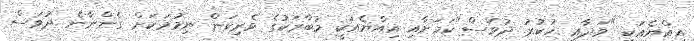
އިއްޔެއަކީ "ވަދާޢީ ހުކުރު ދުވަސް"ކަމަށާއި އިއްޔެއަކީ މުބާރަކުގެ ވެރިކަން ނިމުމަކަށް ގެންނާނެ ދުވަސް